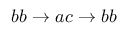
b b \rightarrow a c \rightarrow b b